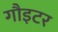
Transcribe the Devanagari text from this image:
गौइटर